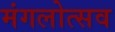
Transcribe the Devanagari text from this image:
मंगलोत्सव